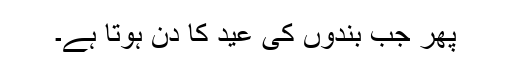
پھر جب بندوں کی عید کا دن ہوتا ہے۔